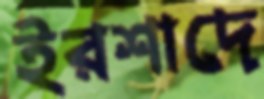
ইরশাদে